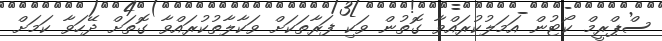
ސްޕްރީމް ކޯޓުން އަމަލުކުރައްވާ ގޮތުން ވަކި ފަރާތަކަށް ވަކާލާތުކުރައްވާ ގޮތަށް ދޭހަވާ ކަމަށް